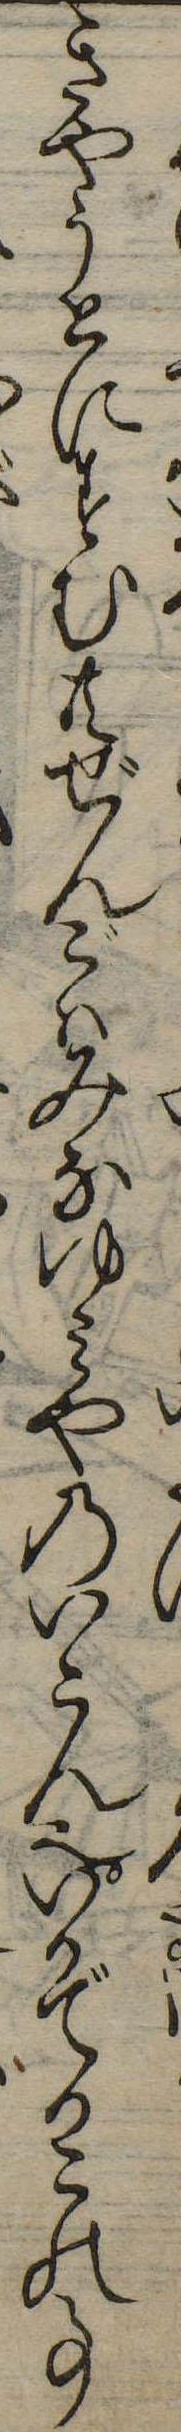
きやうとにすむ共ぜんごはみなゆみやのいこん也いかでかこの事